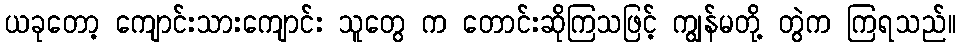
ယခုတော့ ကျောင်းသားကျောင်း သူတွေ က တောင်းဆိုကြသဖြင့် ကျွန်မတို့ တွဲက ကြရသည်။